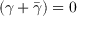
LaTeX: ( \gamma + { \bar { \gamma } } ) = 0